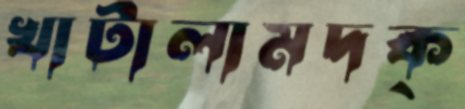
খাটালামদক্